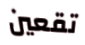
تقعين